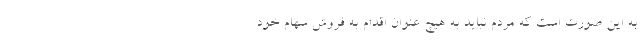
به این صورت است که مردم نباید به هیچ عنوان اقدام به فروش سهام خود